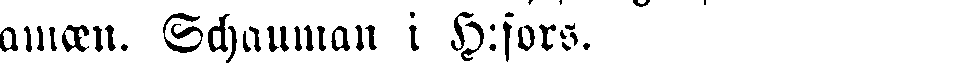
amæn. Schauman i H:fors.